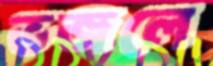
ভজলে